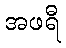
အဖရီ